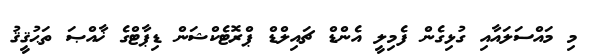
މި މައްސަލައާއި ގުޅިގެން ފެމިލީ އެންޑް ޗައިލްޑް ޕްރޮޓެކްޝަން ޑިޕާޓްގެ ޚާއްޞަ ތަޙުޤީޤު